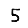
Digit: 5